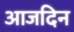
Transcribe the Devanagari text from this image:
आजदिन